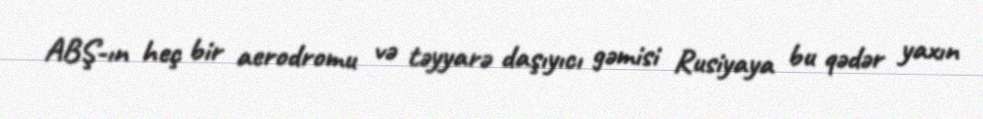
ABŞ-ın heç bir aerodromu və təyyarə daşıyıcı gəmisi Rusiyaya bu qədər yaxın